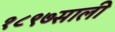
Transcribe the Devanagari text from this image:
१८९७साली